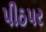
પીઠપર